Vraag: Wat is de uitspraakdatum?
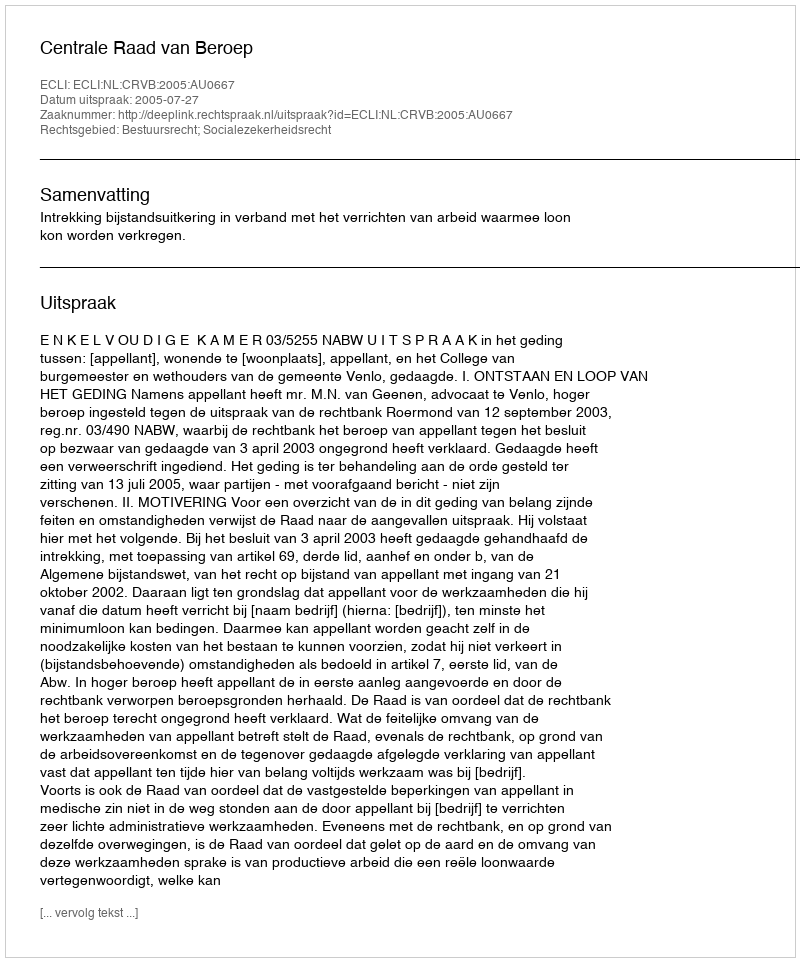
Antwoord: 2005-07-27